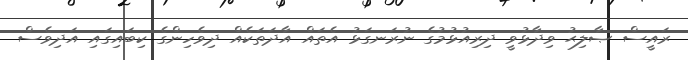
ރައީސް ޞާލިޙު ވިދާޅުވީ ދިރިއުޅުމުގެ ނުރަނގަޅު އެތައް އާދަތަކެއް ދިވެހިންގެ ކިބައިގައި އަދިވެސް